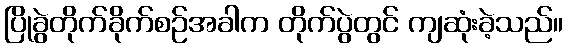
ပြိုခွဲတိုက်ခိုက်စဉ်အခါက တိုက်ပွဲတွင် ကျဆုံးခဲ့သည်။